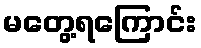
မတွေ့ရကြောင်း